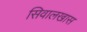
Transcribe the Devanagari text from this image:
सिवालखास